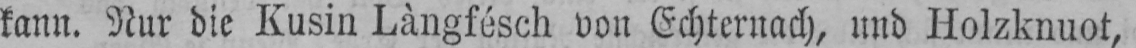
kann. Nur die Kusin Làngfésch von Echternach, und Holzknuot,